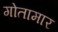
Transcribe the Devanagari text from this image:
गोतामार